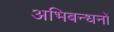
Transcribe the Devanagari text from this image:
अभिबन्धनों